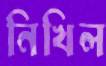
নিখিল